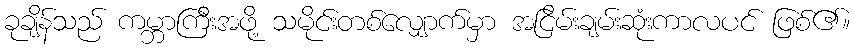
ခုချိန်သည် ကမ္ဘာကြီးအဖို့ သမိုင်းတစ်လျှောက်မှာ အငြိမ်းချမ်းဆုံးကာလပင် ဖြစ်၏။